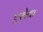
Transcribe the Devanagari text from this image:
एसेवा